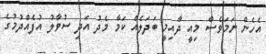
އެހެން ނަމަވެސް މިއީ ދާއިމީ ބަދަލެއް ކަމާ މެދު އަދި ސުވާލު އުފެއްދުމުގެ